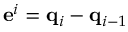
\mathbf e ^ { i } = \mathbf q _ { i } - \mathbf q _ { i - 1 }